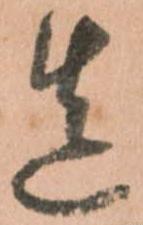
造